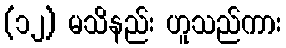
(၁၂) မသိနည်း ဟူသည်ကား